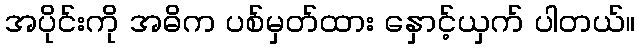
အပိုင်းကို အဓိက ပစ်မှတ်ထား နှောင့်ယှက် ပါတယ်။